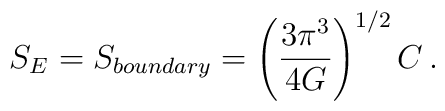
S_E = S_{boundary} = \left( {3\pi^3 \over 4G} \right)^{1/2} C\,.